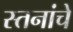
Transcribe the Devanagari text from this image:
स्तनांचे